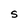
Character: S